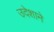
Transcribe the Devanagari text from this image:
उदेशाने